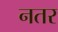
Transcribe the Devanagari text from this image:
नतर